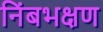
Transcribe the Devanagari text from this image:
निंबभक्षण